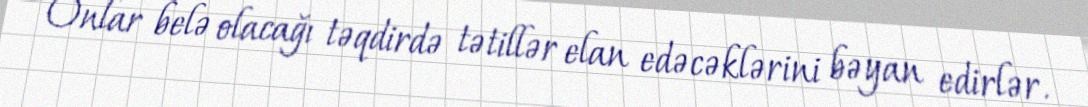
Onlar belə olacağı təqdirdə tətillər elan edəcəklərini bəyan edirlər.